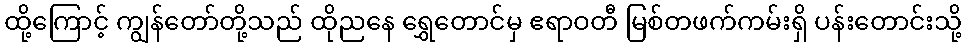
ထို့ကြောင့် ကျွန်တော်တို့သည် ထိုညနေ ရွှေတောင်မှ ဧရာဝတီ မြစ်တဖက်ကမ်းရှိ ပန်းတောင်းသို့